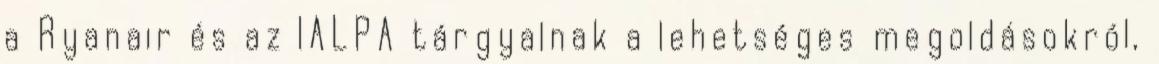
a Ryanair és az IALPA tárgyalnak a lehetséges megoldásokról,